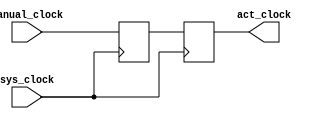
`timescale 1ns / 1ps
module debouncer(
    sys_clock,
    manual_clock,
    act_clock
    );
    
input sys_clock;
input manual_clock;
output reg act_clock;

reg temp;

always @ (posedge sys_clock)

    begin
        temp<=manual_clock;
        act_clock<=temp;
    end

endmodule